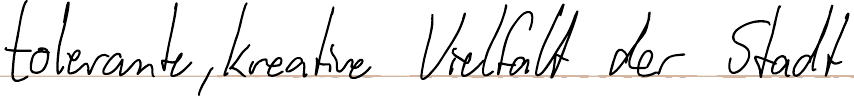
tolerante, kreative Vielfalt der Stadt